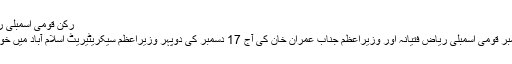
رکن قومی اسمبلی ریاض فتیانہ کی وزیراعظم سے اہم ملاقات
ٹوبہ ٹیک سنگھ (تازہ ترین سلطان نیوز)ممبر قومی اسمبلی ریاض فتیانہ اور وزیراعظم جناب عمران خان کی آج 17 دسمبر کی دوپہر وزیراعظم سیکریٹیریٹ اسلام آباد میں خوشگوار ماحول میں تفصیلی ملاقات ہو گئی۔